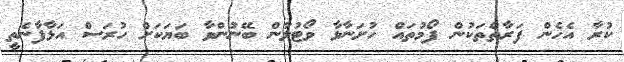
ކުރާ އެހެން ފަރާތްތަކުން ފޯމުތައް ހުށަނާޅާ ވޯޓުލާން ބޭނުންވާ ބަޔަކަށް ހުރަސް އަޅާފާނެތީ